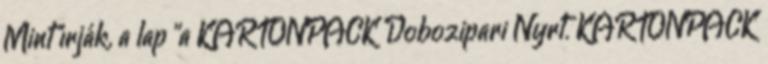
Mint írják, a lap "a KARTONPACK Dobozipari Nyrt. KARTONPACK